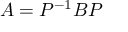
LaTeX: A = P ^ { - 1 } B P